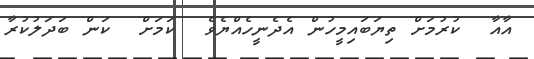
އާއާ  ކުރުމަށް ތިޔަބައިމީހުން އެދެނީހެއްޔެވެ  ކަމަށް  ކަން ބަދަލުކުރާ